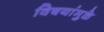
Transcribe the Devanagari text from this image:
विषयांमुळे